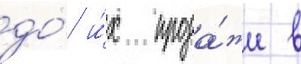
до́ и́х прода́жи в